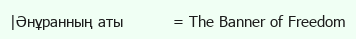
|Әнұранның аты          = The Banner of Freedom